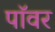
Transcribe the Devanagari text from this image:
पाॅवर